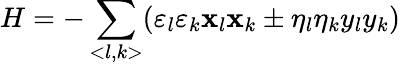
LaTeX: H=-\sum_{<l,k>}(\varepsilon_{l}\varepsilon_{k}\mathbf{x}_{l}\mathbf{x}_{k}\pm\eta_{l}\eta_{k}y_{l}y_{k})